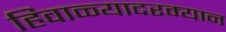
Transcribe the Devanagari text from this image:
हिवाळ्यादरम्यान